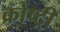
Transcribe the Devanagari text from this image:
क्रोष्ट्री